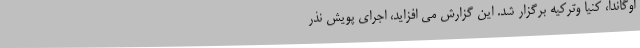
اوگاندا، کنیا وترکیه برگزار شد. این گزارش می افزاید، اجرای پویش نذر